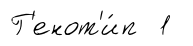
Г'енот'и́п 1